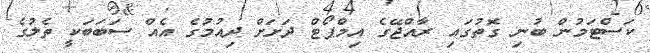
ކަސްޓަމުން ބުނި ގޮތުގައި ރާއްޖޭގެ އިމްޕޯޓް ދަށަށް ދިއުމުގެ އެއް ސަބަބަކީ ތެލުގެ